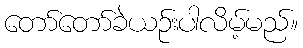
တော်တော်ခဲယဉ်းပါလိမ့်မည်။